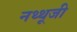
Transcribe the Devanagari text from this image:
नथ्थूजी